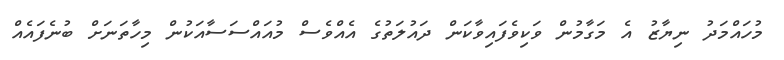
މުހައްމަދު ނިޔާޒު އެ މަގާމުން ވަކިވެފައިވާކަން ދައުލަތުގެ އެއްވެސް މުއައްސަސާއަކުން މިހާތަނަށް ބުނެފައެއް